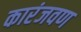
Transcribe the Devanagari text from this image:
कारंजवण